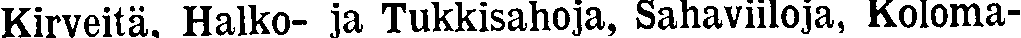
Kirveitä, Halko- ja Tukkisahoja, Sahaviiloja, Koloma-